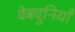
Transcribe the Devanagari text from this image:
वेबदुनियाँ